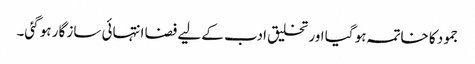
جمود کا خاتمہ ہو گیا اور تخلیق ادب کے لیے فضا انتہائی ساز گار ہو گئی۔